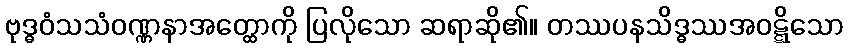
ဗုဒ္ဓဝံသသံဝဏ္ဏနာအတ္ထောကို ပြလိုသော ဆရာဆို၏။ တဿပနသိဒ္ဓဿအဝဋ္ဋိသော